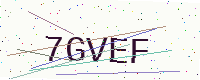
Text: 7GVEF